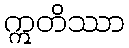
ဣတိဿာ